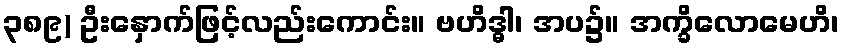
၃၈၉) ဦးနှောက်ဖြင့်လည်းကောင်း။ ဗဟိဒ္ဓါ၊ အပ၌။ အက္ခိလောမေဟိ၊